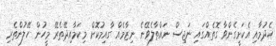
ހެދުމާއި އެކަށީގެންވާ ގޮތެއްގައި ނަޖިސް ނައްތާލެވޭނެ ނިޒާމެއް ގާއިމުކޮށް މިކަމާއިދޭތެރޭ މީހުން ހޭލުންތެރި